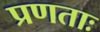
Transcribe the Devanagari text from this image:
प्रणताः